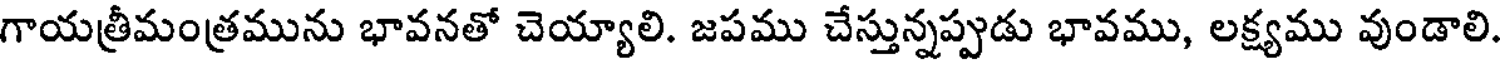
గాయత్రీమంత్రమును భావనతో చెయ్యాలి. జపము చేస్తున్నప్పుడు భావము, లక్ష్యము వుండాలి.